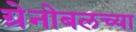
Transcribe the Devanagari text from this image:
ग्रेनोबलच्या